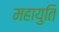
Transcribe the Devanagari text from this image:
महायुति